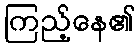
ကြည့်နေ၏